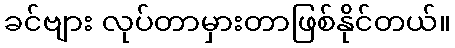
ခင်ဗျား လုပ်တာမှားတာဖြစ်နိုင်တယ်။